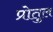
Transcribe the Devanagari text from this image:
प्रोतुल